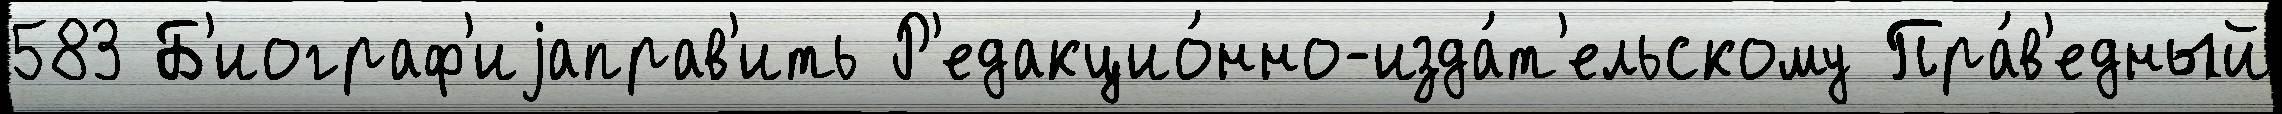
583 Б'иограф'иjаправ'ить Р'едакцио́нно-изда́т'ельскому Пра́в'едный